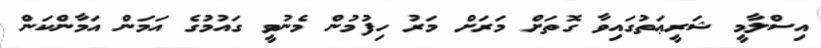
އިސްލާމީ ޝަރީޢަތުގައިވާ ގޮތަށް މަރަށް މަރު ހިފުމުން މެނުވީ ގައުމުގެ އަމަން އަމާންކަން